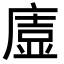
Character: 𭙰